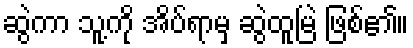
ဆွဲကာ သူ့ကို အိပ်ရာမှ ဆွဲထူမြဲ ဖြစ်၏။